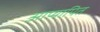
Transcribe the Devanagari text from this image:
आप्यापित